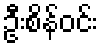
ဦးစိန်ဝင်း